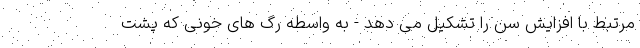
مرتبط با افزایش سن را تشکیل می دهد - به واسطه رگ های خونی که پشت